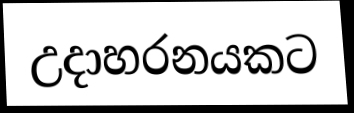
උදාහරනයකට